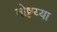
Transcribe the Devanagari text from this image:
तोष्टय्या